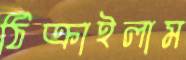
ঠিক্‌রাইলাম